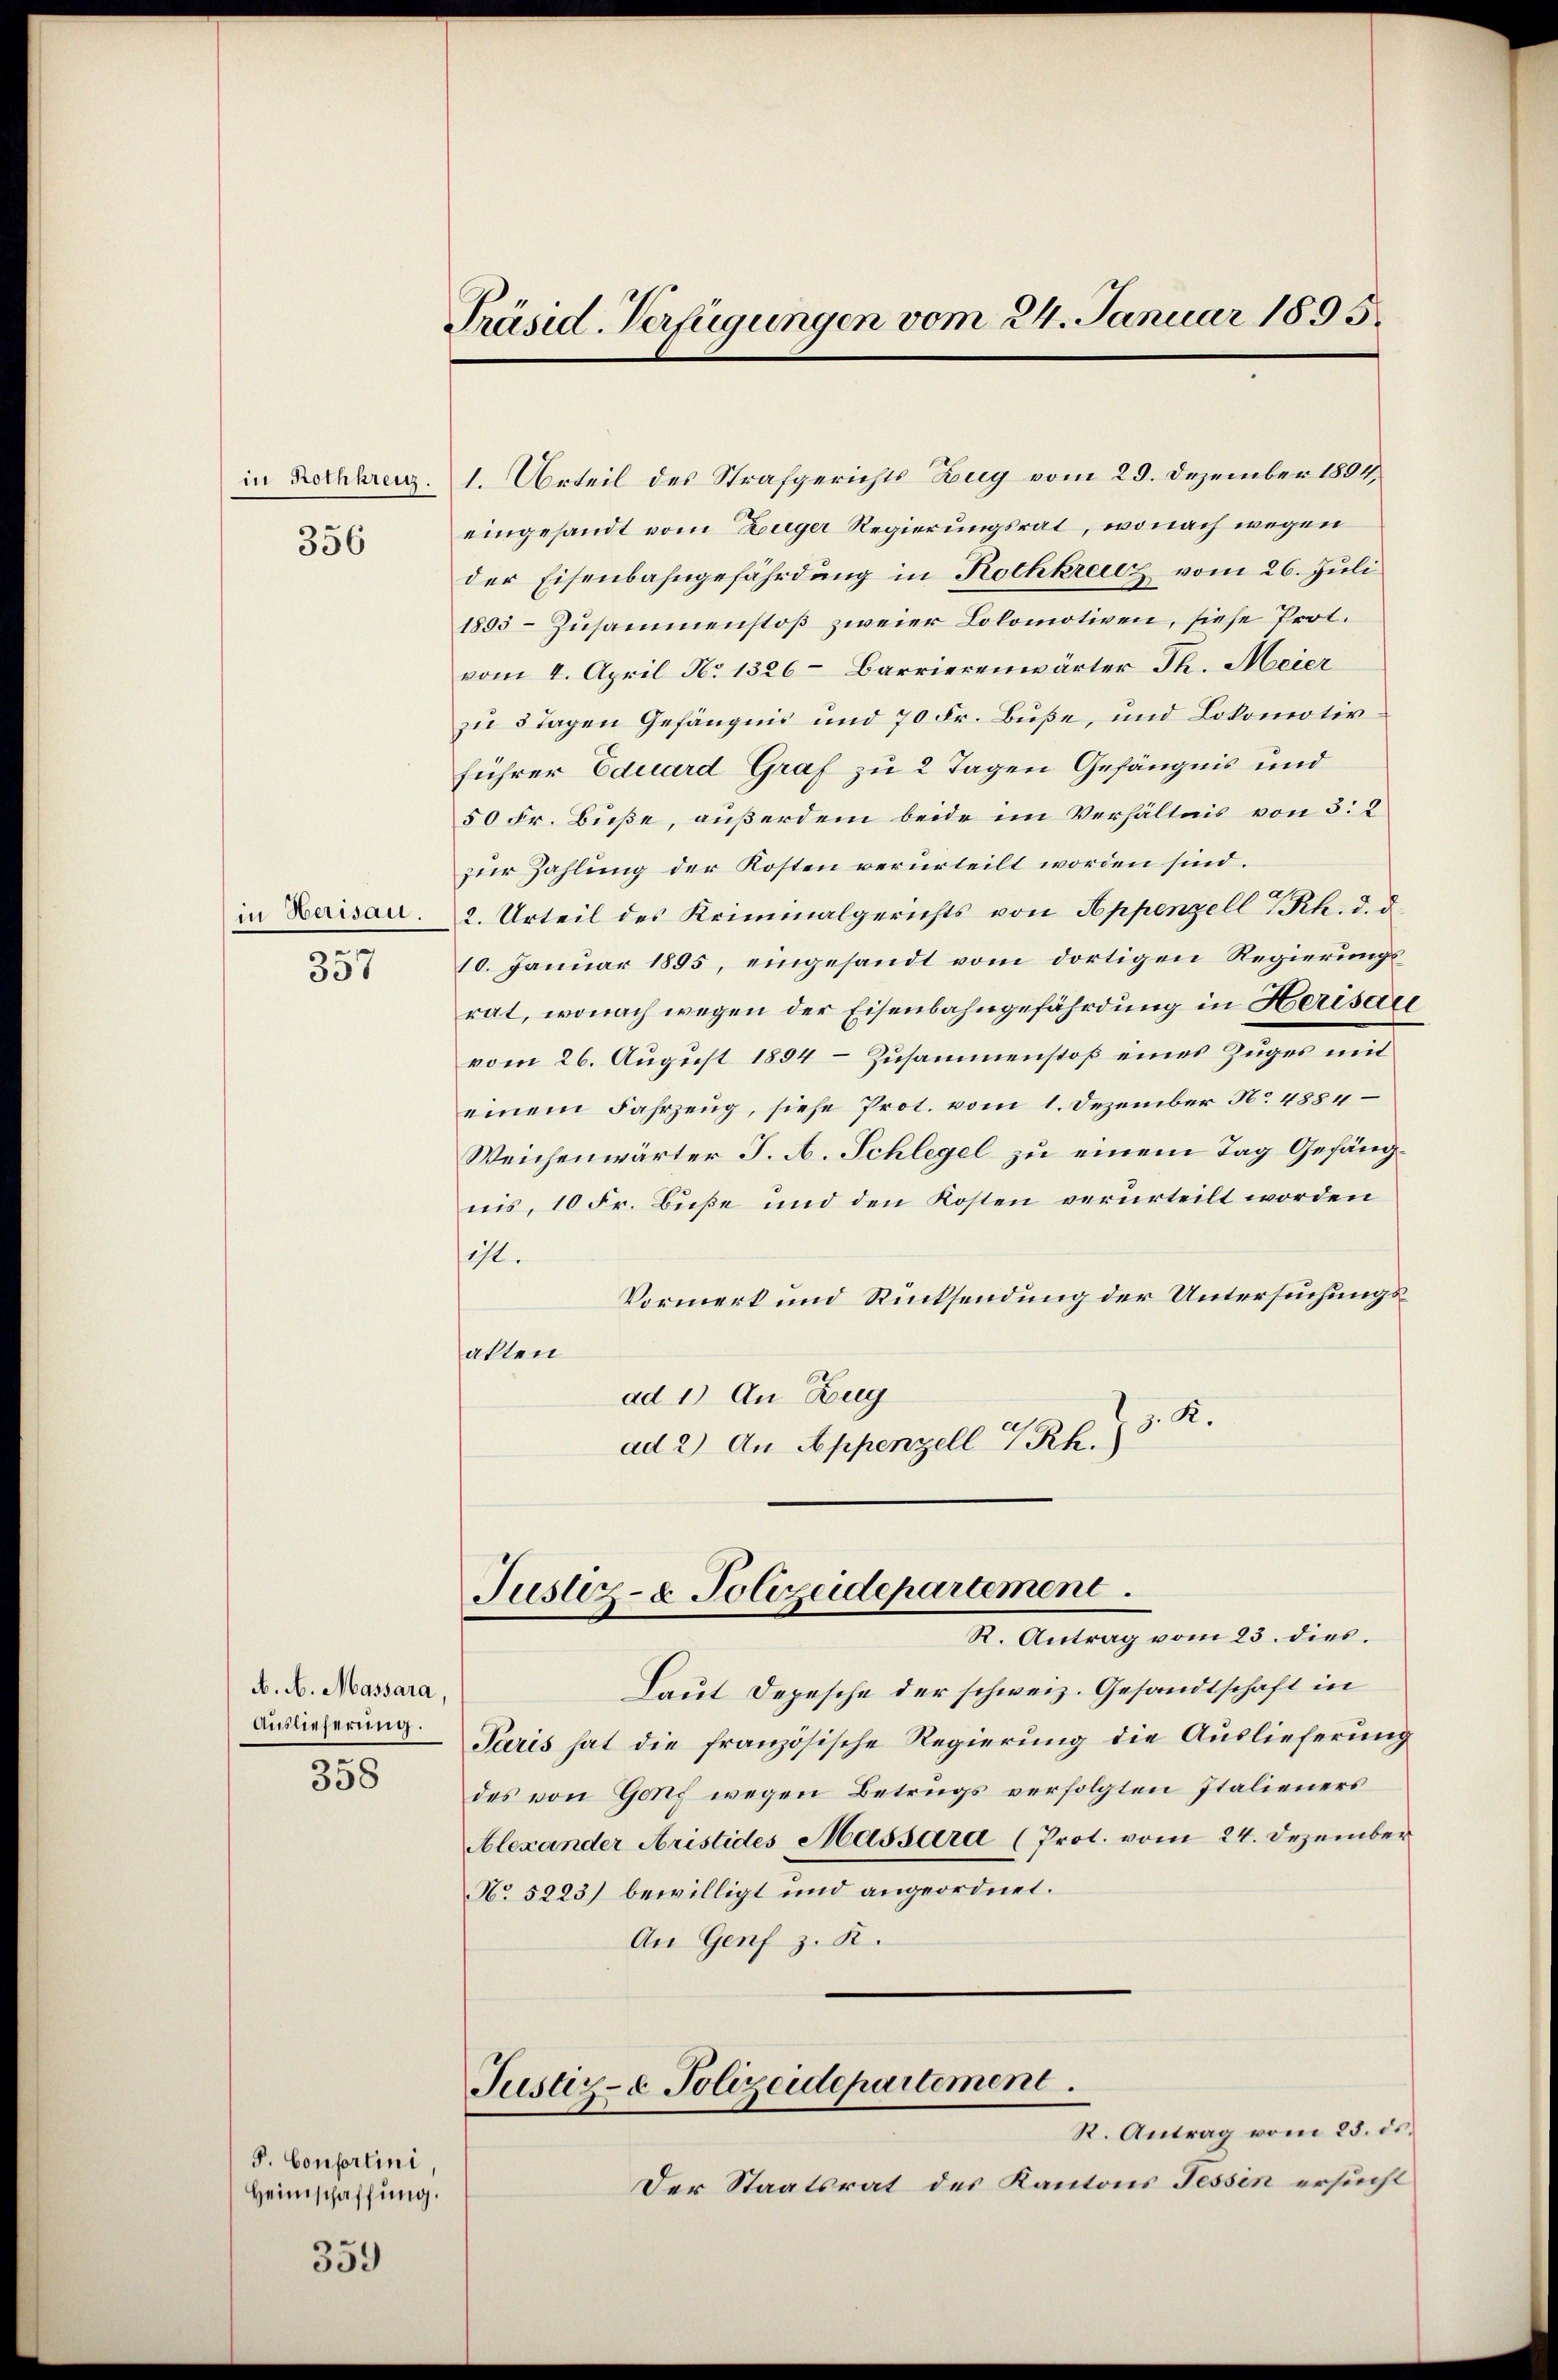
in Rothkreic
356

in Herisau.

357

A. A. Massara
Auslieferung.

358

S. Confertini
Heimschaffung.

359

Präsid. Verfügungen vom 24. Januar 1895.

1. Urteil des Strafgerichts Zug vom 29. Dezember 1894,
eingesandt vom Züger Regierungsrat, wonach wegen
der Eisenbahngefährdung in Rothkreuz vom 26. Juli
1895 - Zusammenstoß zweier Lokomotiven, siehe Prot.
vom 4. April No 1326– Barrierenwärter Th. Meier
zu 3 Tagen Gefängnis und 70 Fr. Buße, und Lokomotivführer Eduard Graf zu 2 Tagen Gefängnis und
50 Fr. Buße, außerdem beide im Verhältnis von 3: 2
zur Zahlung der Kosten verurteilt worden sind.
2. Urteil des Kriminalgerichts von Appenzell I.Rh. d. d.
10. Januar 1895, eingesandt vom dortigen Regierungsrat, wonach wegen der Eisenbahngefährdung in Herisaue
vom 26. August 1894 – Zusammenstoß eines Zuges mit
einem Fahrzeug, siehe Prot. vom 1. Dezember N. 4884
Weichenwärter J. A. Schlegel zu einem Tag Gefängnis, 10 Fr. Bieße und den Kosten verurteilt worden
ist.
Vormerk und Rücksendung der Untersuchungsakten
ad 1) An Zug
z. R.
ad 2) An Appenzell 4 Rh.)
Justiz- & Polizeidepartement.
R. Antrag vom 23. dies.
Laut Depesche der schweiz. Gesandtschaft in
Paris hat die französische Regierung die Auslieferung
des von Genf wegen Betrugs verfolgten Italieners
Alexander Aristides Massara (Prot. vom 24. Dezember
No 5223) bewilligt und angeordnet.
An Genf z. K.
Justiz- & Polizeidepartement.
R. Antrag vom 25. ds.
Der Staatsrat des Kantons Tessin ersucht